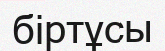
біртұсы